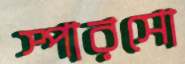
স্পারসো